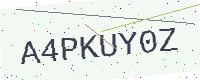
Text: A4PKUY0Z